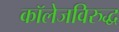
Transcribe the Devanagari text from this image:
कॉलेजविरुद्ध